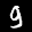
Label: 9